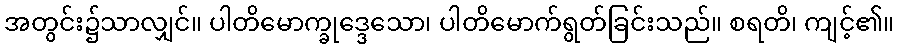
အတွင်း၌သာလျှင်။ ပါတိမောက္ခုဒ္ဒေသော၊ ပါတိမောက်ရွတ်ခြင်းသည်။ စရတိ၊ ကျင့်၏။